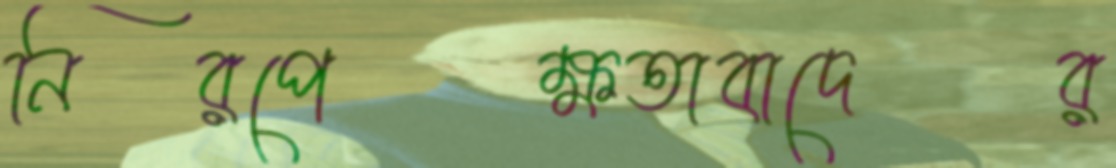
নিরপেক্ষতাবাদের